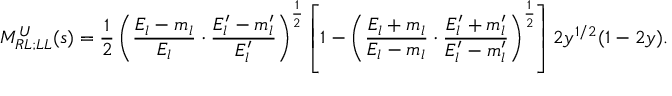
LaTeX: M _ { R L ; L L } ^ { U } ( s ) = \frac { 1 } { 2 } \left( \frac { E _ { l } - m _ { l } } { E _ { l } } \cdot \frac { E _ { l } ^ { \prime } - m _ { l } ^ { \prime } } { E _ { l } ^ { \prime } } \right) ^ { \frac { 1 } { 2 } } \left[ 1 - \left( \frac { E _ { l } + m _ { l } } { E _ { l } - m _ { l } } \cdot \frac { E _ { l } ^ { \prime } + m _ { l } ^ { \prime } } { E _ { l } ^ { \prime } - m _ { l } ^ { \prime } } \right) ^ { \frac { 1 } { 2 } } \right] 2 y ^ { 1 / 2 } ( 1 - 2 y ) .